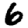
Digit: 6